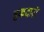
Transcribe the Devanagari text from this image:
हकदारों